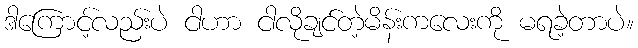
ဒါကြောင့်လည်းပဲ ငါဟာ ငါလိုချင်တဲ့မိန်းကလေးကို မရခဲ့တာပဲ။